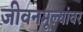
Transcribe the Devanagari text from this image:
जीवनमूल्यांवर